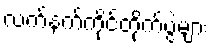
လက်နက်ကိုင်တိုက်ပွဲများ